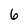
Character: 6